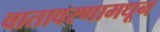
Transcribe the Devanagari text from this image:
वातावरणामधून